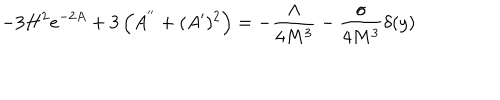
- 3 H ^ { 2 } e ^ { - 2 A } + 3 \left( A ^ { ' ^ { \prime } } + ( A ^ { \prime } ) ^ { 2 } \right) = - \frac { \Lambda } { 4 M ^ { 3 } } - \frac { \sigma } { 4 M ^ { 3 } } \delta ( y )